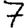
Digit: 7